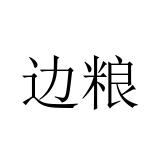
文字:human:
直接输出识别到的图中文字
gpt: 边粮